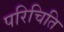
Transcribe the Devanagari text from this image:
परिचिति